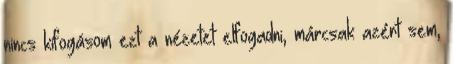
nincs kifogásom ezt a nézetet elfogadni, márcsak azért sem,